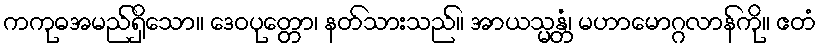
ကကုဓအမည်ရှိသော။ ဒေဝပုတ္တော၊ နတ်သားသည်။ အာယသ္မန္တံ၊ မဟာမောဂ္ဂလာန်ကို။ ဧတံ